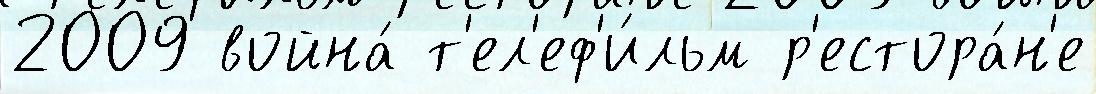
2009 война́ т'ел'еф'и́льм р'естора́н'е